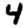
Digit: 4